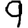
Digit: 9